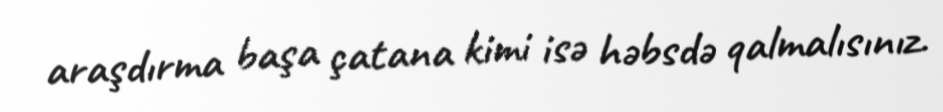
araşdırma başa çatana kimi isə həbsdə qalmalısınız.